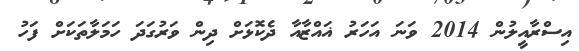
އިސްރާއީލުން 2014 ވަނަ އަހަރު ޣައްޒާއާ ދެކޮޅަށް ދިން ވަރުގަދަ ހަމަލާތަކަށް ފަހު